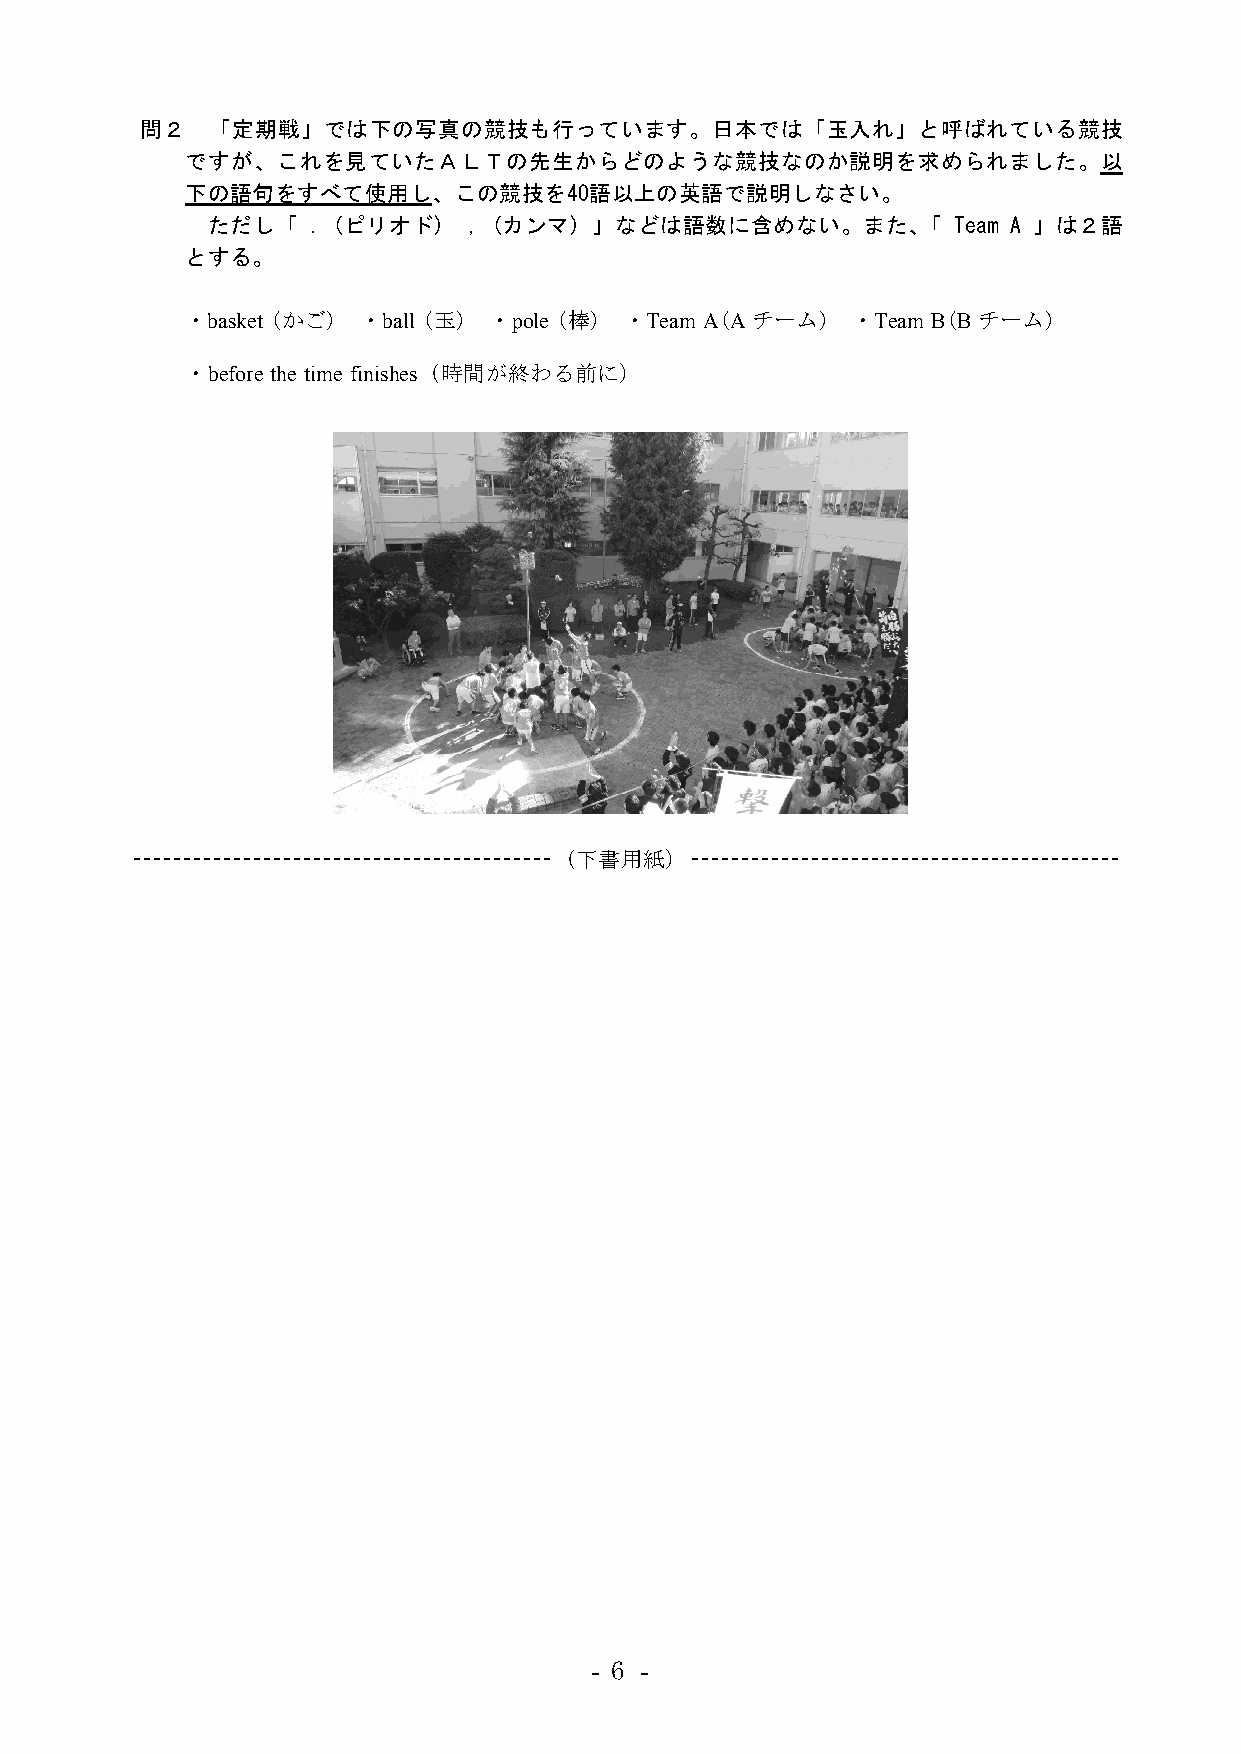
問２   「定期戦」では下の写真の競技も行っています。日本では「玉入れ」と呼ばれている競技
 ですが、これを見ていたＡＬＴの先生からどのような競技なのか説明を求められました。以
 下の語句をすべて使用し、この競技を40語以上の英語で説明しなさい。
 ただし「  ．(ピリオド)    ，(カンマ)  」などは語数に含めない。また、「        Team A 」は２語
 とする。
 ・basket (かご) ・ball (玉) ・pole (棒) ・Team A(Aチーム) ・Team B(Bチーム)
 ・before the time finishes（時間が終わる前に）
 （下書用紙）
 - 6 -